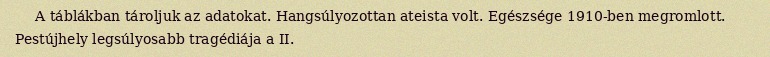
A táblákban tároljuk az adatokat. Hangsúlyozottan ateista volt. Egészsége 1910-ben megromlott. Pestújhely legsúlyosabb tragédiája a II.